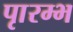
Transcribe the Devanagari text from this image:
पाृरम्भ